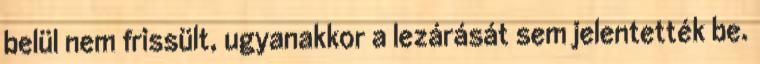
belül nem frissült, ugyanakkor a lezárását sem jelentették be.